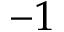
- 1